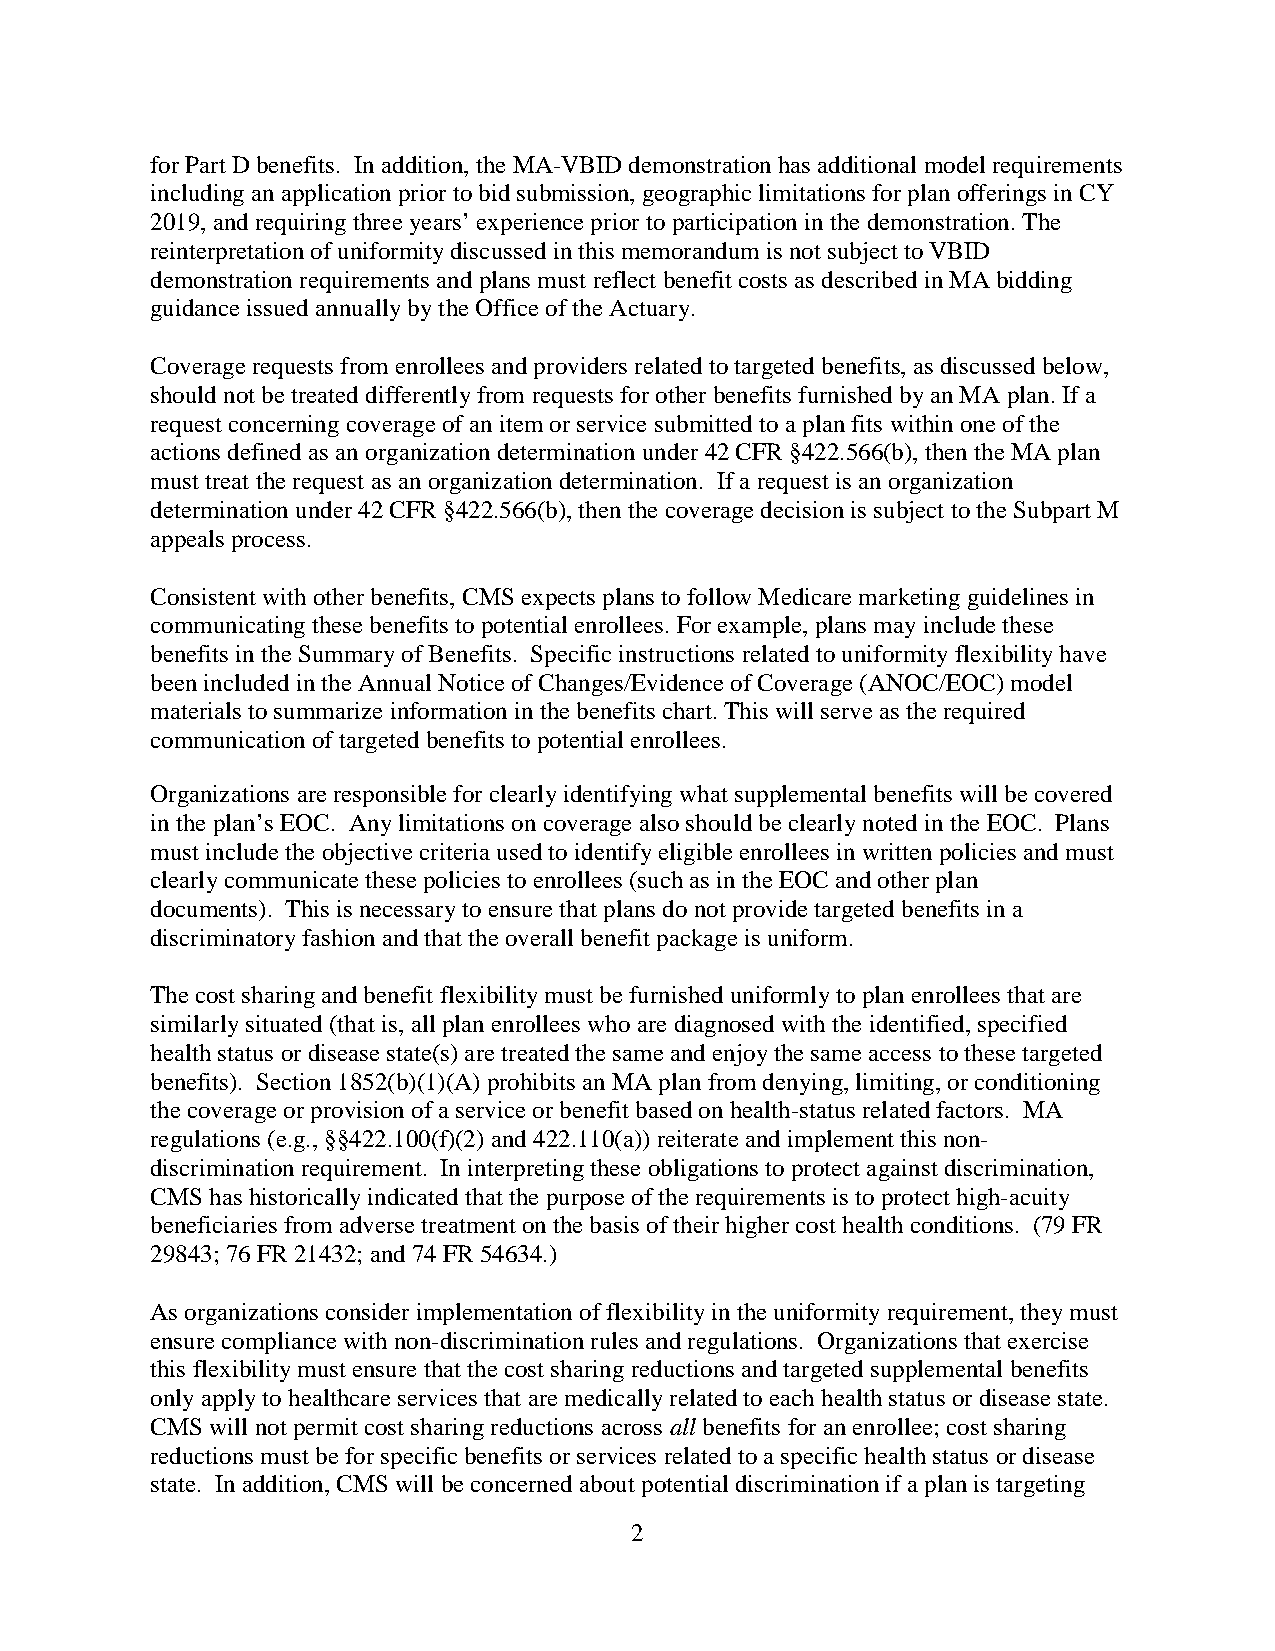
for Part D benefits. In addition, the MA-VBID demonstration has additional model requirements
 including an application prior to bid submission, geographic limitations for plan offerings in CY
 2019, and requiring three years’ experience prior to participation in the demonstration. The
 reinterpretation of uniformity discussed in this memorandum is not subject to VBID
 demonstration requirements and plans must reflect benefit costs as described in MA bidding
 guidance issued annually by the Office of the Actuary.
 Coverage requests from enrollees and providers related to targeted benefits, as discussed below,
 should not be treated differently from requests for other benefits furnished by an MA plan. If a
 request concerning coverage of an item or service submitted to a plan fits within one of the
 actions defined as an organization determination under 42 CFR §422.566(b), then the MA plan
 must treat the request as an organization determination. If a request is an organization
 determination under 42 CFR §422.566(b), then the coverage decision is subject to the Subpart M
 appeals process.
 Consistent with other benefits, CMS expects plans to follow Medicare marketing guidelines in
 communicating these benefits to potential enrollees. For example, plans may include these
 benefits in the Summary of Benefits. Specific instructions related to uniformity flexibility have
 been included in the Annual Notice of Changes/Evidence of Coverage (ANOC/EOC) model
 materials to summarize information in the benefits chart. This will serve as the required
 communication of targeted benefits to potential enrollees.
 Organizations are responsible for clearly identifying what supplemental benefits will be covered
 in the plan’s EOC. Any limitations on coverage also should be clearly noted in the EOC. Plans
 must include the objective criteria used to identify eligible enrollees in written policies and must
 clearly communicate these policies to enrollees (such as in the EOC and other plan
 documents). This is necessary to ensure that plans do not provide targeted benefits in a
 discriminatory fashion and that the overall benefit package is uniform.
 The cost sharing and benefit flexibility must be furnished uniformly to plan enrollees that are
 similarly situated (that is, all plan enrollees who are diagnosed with the identified, specified
 health status or disease state(s) are treated the same and enjoy the same access to these targeted
 benefits). Section 1852(b)(1)(A) prohibits an MA plan from denying, limiting, or conditioning
 the coverage or provision of a service or benefit based on health-status related factors. MA
 regulations (e.g., §§422.100(f)(2) and 422.110(a)) reiterate and implement this non-
 discrimination requirement. In interpreting these obligations to protect against discrimination,
 CMS has historically indicated that the purpose of the requirements is to protect high-acuity
 beneficiaries from adverse treatment on the basis of their higher cost health conditions. (79 FR
 29843; 76 FR 21432; and 74 FR 54634.)
 As organizations consider implementation of flexibility in the uniformity requirement, they must
 ensure compliance with non-discrimination rules and regulations. Organizations that exercise
 this flexibility must ensure that the cost sharing reductions and targeted supplemental benefits
 only apply to healthcare services that are medically related to each health status or disease state.
 CMS will not permit cost sharing reductions across all benefits for an enrollee; cost sharing
 reductions must be for specific benefits or services related to a specific health status or disease
 state. In addition, CMS will be concerned about potential discrimination if a plan is targeting
 2